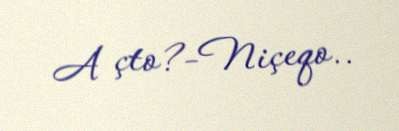
A çto?-Niçeqo..